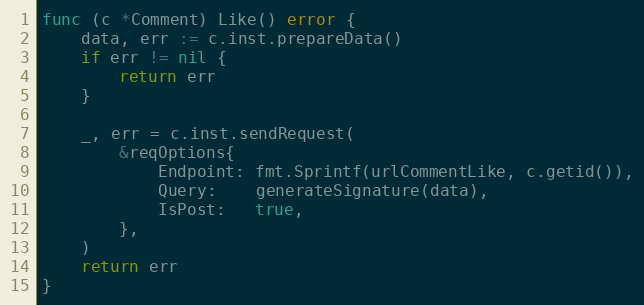
Language: Go
func (c *Comment) Like() error {
	data, err := c.inst.prepareData()
	if err != nil {
		return err
	}

	_, err = c.inst.sendRequest(
		&reqOptions{
			Endpoint: fmt.Sprintf(urlCommentLike, c.getid()),
			Query:    generateSignature(data),
			IsPost:   true,
		},
	)
	return err
}